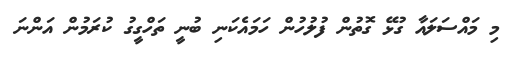
މި މައްސަލައާ ގުޅޭ ގޮތުން ފުލުހުން ހަމައެކަނި ބުނީ ތަހްގީގު ކުރަމުން އަންނަ